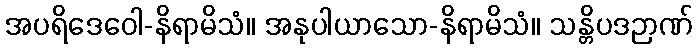
အပရိဒေဝေါ-နိရာမိသံ။ အနုပါယာသော-နိရာမိသံ။ သန္တိပဒဉာဏ်